Lunatic asylums Punjab 1868-1880 - 1868-1880
Year: 1868
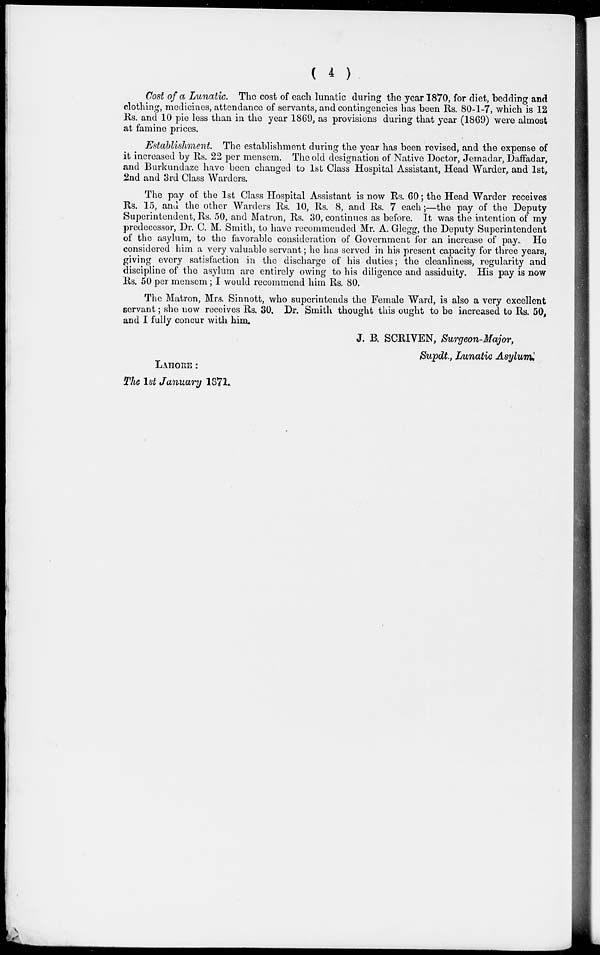
(
4
)
Cost of a Lunatic. The cost of each lunatic during the year 1870, for diet, bedding and
clothing, medicines, attendance of servants, and contingencies has been Rs. 80-1-7, which is 12
Rs. and 10 pie less than in the year 1869, as provisions during that year (1869) were almost
at famine prices.
Establishment. The establishment during the year has been revised, and the expense of
it increased by Rs. 22 per mensem. The old designation of Native Doctor, Jemadar, Daffadar,
and Burkundaze have been changed to 1st Class Hospital Assistant, Head Warder, and 1st,
2nd and 3rd Class Warders.
The pay of the 1st Class Hospital Assistant is now Rs. 60; the Head Warder receives
Rs. 15, and the other Warders Rs. 10, Rs. 8, and Rs. 7 each;—the pay of the Deputy
Superintendent, Rs. 50, and Matron, Rs. 30, continues as before. It was the intention of my
predecessor, Dr. C. M. Smith, to have recommended Mr. A. Glegg, the Deputy Superintendent
of the asylum, to the favorable consideration of Government for an increase of pay.. He
considered him a very valuable servant; he has served in his present capacity for three years,
giving every satisfaction in the discharge of his duties; the cleanliness, regularity and
discipline of the asylum are entirely owing to his diligence and assiduity. His pay is now
Rs. 50 per mensem; I would recommend him Rs. 80.
The Matron, Mrs. Sinnott, who superintends the Female Ward, is also a very excellent
servant; she now receives Rs. 30. Dr. Smith thought this ought to be increased to Rs. 50,
and I fully concur with him.
J. B. SCRIVEN, Surgeon-Major,
Supdt., Lunatic Asylum.
LAHORE :
The 1st January 1871.